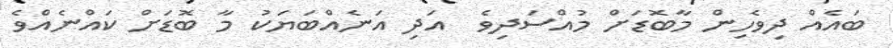
ބައެއް ދިވެހިން މާބޮޑަށް މުއްސަދިވެ  އަދި އަނެއްބަޔަކު މާ ބޮޑަށް ކައްނެއްވެ